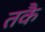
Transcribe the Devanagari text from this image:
तकै